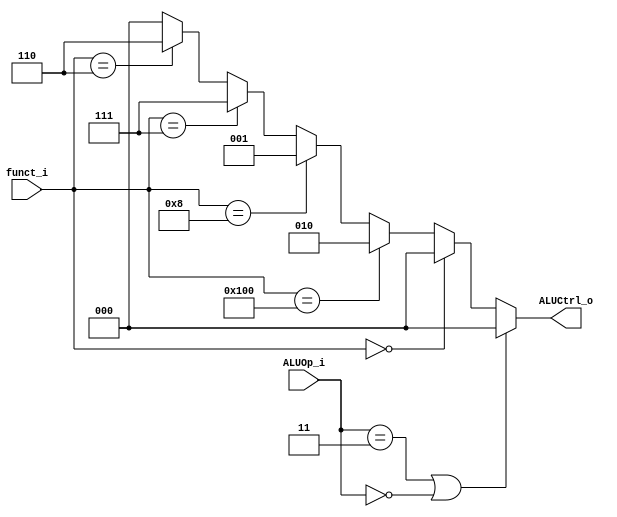
module ALU_Control
(
	funct_i,
	ALUOp_i,
	ALUCtrl_o
);

input [9:0] funct_i;
input [1:0] ALUOp_i;
output [2:0] ALUCtrl_o;

assign ALUCtrl_o[2:0] = (ALUOp_i == 2'b11 || ALUOp_i == 2'b00) ? 3'b000:
					    (funct_i == 0) ? 3'b000:
						(funct_i == 256) ? 3'b010:
						(funct_i == 8) ? 3'b001:
						(funct_i == 7) ? 3'b111:
						(funct_i == 6) ? 3'b110: 3'b000;
endmodule